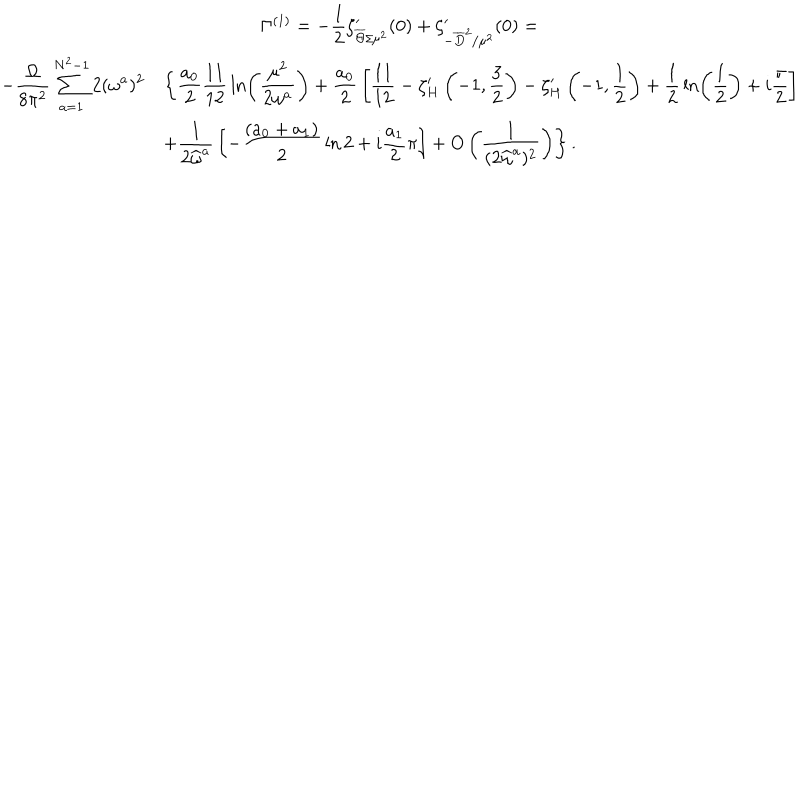
\begin{array} { c } { { \Gamma ^ { ( 1 ) } = \displaystyle - { \frac { 1 } { 2 } } \zeta _ { \overline { { { \Theta } } } / \mu ^ { 2 } } ^ { \prime } ( 0 ) + \zeta _ { - \overline { { { D } } } ^ { 2 } / \mu ^ { 2 } } ^ { \prime } ( 0 ) = } } \\ { { \begin{array} { l l } { { \displaystyle - { \frac { \Omega } { 8 \pi ^ { 2 } } } \sum _ { a = 1 } ^ { N ^ { 2 } - 1 } 2 ( \omega ^ { a } ) ^ { 2 } } } & { { \displaystyle \left\{ { \frac { a _ { 0 } } { 2 } } { \frac { 1 1 } { 1 2 } } \ln \left( \frac { \mu ^ { 2 } } { 2 \omega ^ { a } } \right) + { \frac { a _ { 0 } } { 2 } } \left[ { \frac { 1 1 } { 1 2 } } - \zeta _ { H } ^ { \prime } \left( - 1 , { \frac { 3 } { 2 } } \right) - \zeta _ { H } ^ { \prime } \left( - 1 , { \frac { 1 } { 2 } } \right) + { \frac { 1 } { 2 } } \ln \left( \frac { 1 } { 2 } \right) + i { \frac { \pi } { 2 } } \right] \right. } } \\ { { } } & { { \displaystyle \left. + { \frac { 1 } { 2 \widehat { \omega } ^ { a } } } \left[ - { \frac { ( a _ { 0 } + a _ { 1 } ) } { 2 } } \ln 2 + i { \frac { a _ { 1 } } { 2 } } \pi \right] + O \left( \frac { 1 } { ( 2 \widehat { \omega } ^ { a } ) ^ { 2 } } \right) \right\} . } } \\ \end{array} } } \\ \end{array}